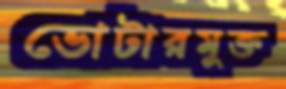
ভোটারমুক্ত